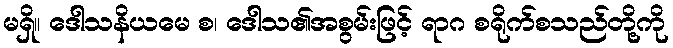
မရှိ။ ဒေါသနိယမေ စ၊ ဒေါသ၏အစွမ်းဖြင့် ရာဂ စရိုက်စသည်တို့ကို